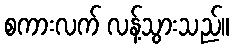
စကားလက် လန့်သွားသည်။